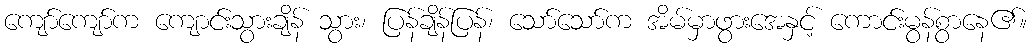
ကျော်ကျော်က ကျောင်းသွားချိန် သွား၊ ပြန်ချိန်ပြန်၊ သော်သော်က အိမ်မှာဖွားအေနှင့် ကောင်းမွန်စွာနေ၏။